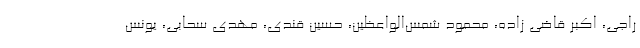
راجی، اکبر قاضی زاده، محمود شمس‌الواعظین، حسین قندی، مهدی سحابی، یونس